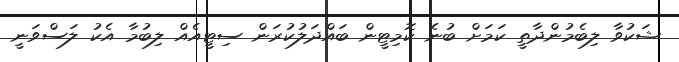
ޝަކުވާ ލިބެމުންދާތީ ކަމަށް ބުނެ ކޮމިޓީން ބައްދަލުކުރަން ސިޓީއެއް ލިބުމާ އެކު ލަސްވަނީ